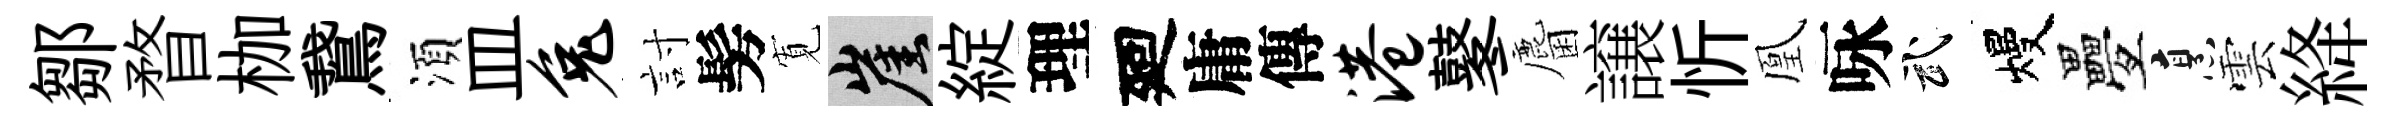
鄒瞀枷鵞湏皿兔討髣𡩖崖綻理廻庸傳港鼕麕譲忻凰咏武熳疊烹雲絳